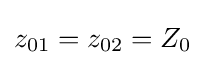
z_{01}=z_{02}=Z_{0}